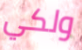
ولكي